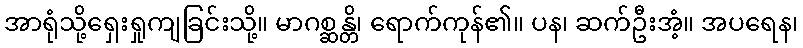
အာရုံသို့ရှေးရှုကျခြင်းသို့။ မာဂစ္ဆန္တိ၊ ရောက်ကုန်၏။ ပန၊ ဆက်ဦးအံ့။ အပရေန၊